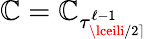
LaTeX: \mathbb{C}=\mathbb{C}_{\tau_{\lceili/2\rceil}^{\ell-1}}